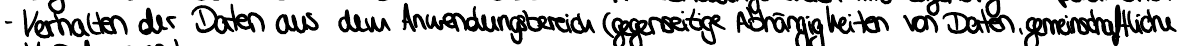
- Verhalten der Daten aus dem Anwendungsbereich (gegenseitige Abhängigkeiten von Daten, gemeinschaftliche